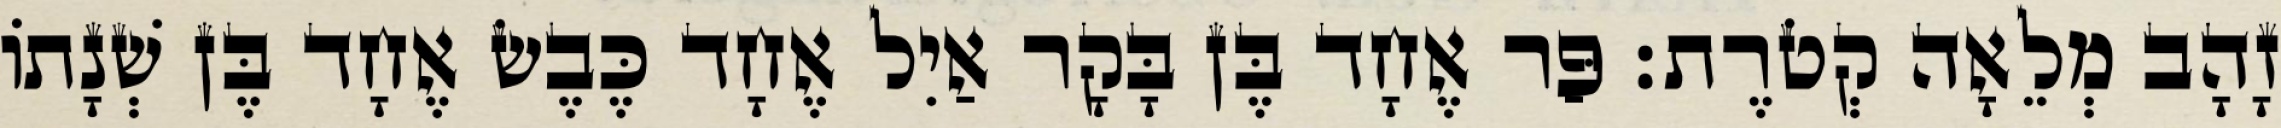
זָהָב מְלֵאָה קְטֹרֶת׃ פַּר אֶחָד בֶּן בָּקָר אַיִל אֶחָד כֶּבֶשׂ אֶחָד בֶּן שְׁנָתוֹ